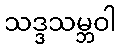
သဒ္ဒသမ္ဘဝါ